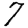
Digit: 7